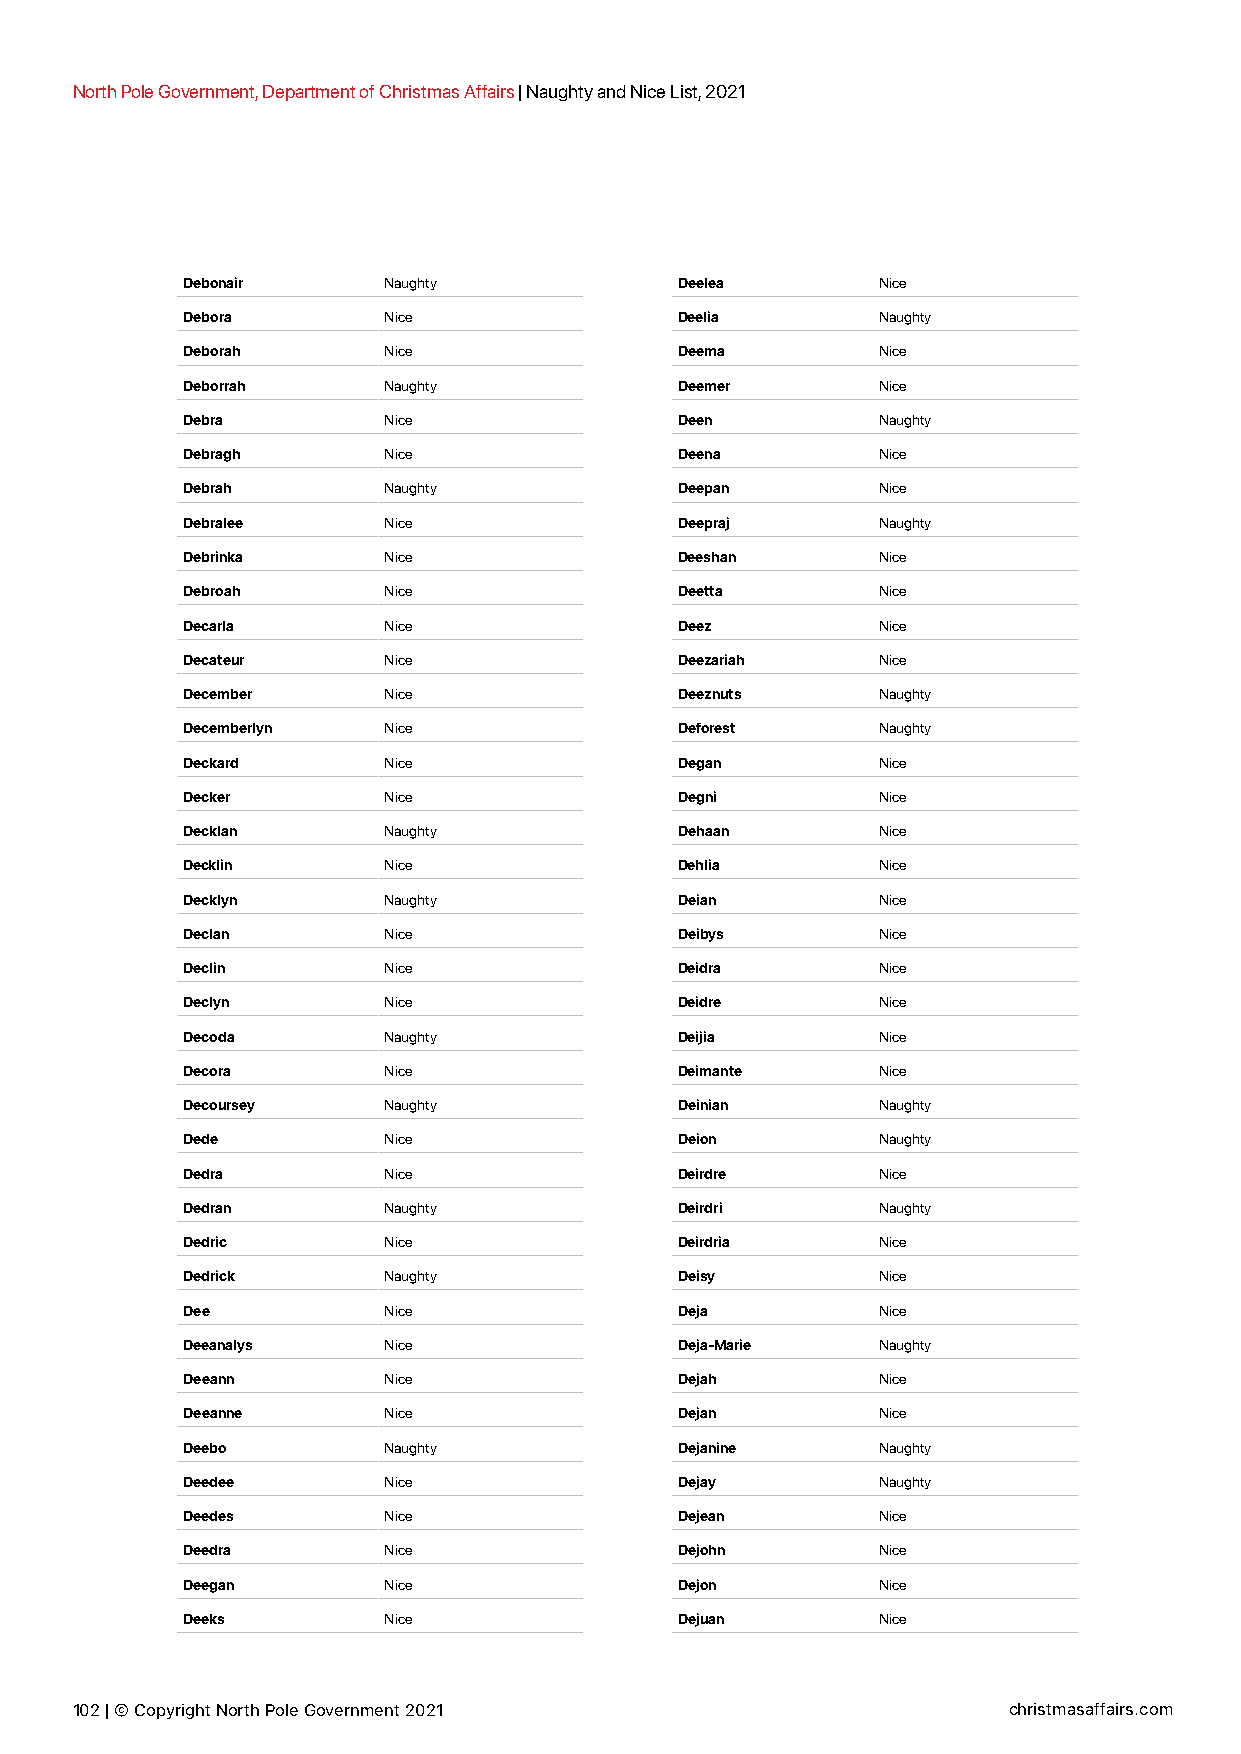
North Pole Government, Department of Christmas Affairs | Naughty and Nice List, 2021
 Debonair     Naughty             Deelea       Nice
 Debora       Nice                Deelia       Naughty
 Deborah      Nice                Deema        Nice
 Deborrah     Naughty             Deemer       Nice
 Debra        Nice                Deen         Naughty
 Debragh      Nice                Deena        Nice
 Debrah       Naughty             Deepan       Nice
 Debralee     Nice                Deepraj      Naughty
 Debrinka     Nice                Deeshan      Nice
 Debroah      Nice                Deetta       Nice
 Decarla      Nice                Deez         Nice
 Decateur     Nice                Deezariah    Nice
 December     Nice                Deeznuts     Naughty
 Decemberlyn  Nice                Deforest     Naughty
 Deckard      Nice                Degan        Nice
 Decker       Nice                Degni        Nice
 Decklan      Naughty             Dehaan       Nice
 Decklin      Nice                Dehlia       Nice
 Decklyn      Naughty             Deian        Nice
 Declan       Nice                Deibys       Nice
 Declin       Nice                Deidra       Nice
 Declyn       Nice                Deidre       Nice
 Decoda       Naughty             Deijia       Nice
 Decora       Nice                Deimante     Nice
 Decoursey    Naughty             Deinian      Naughty
 Dede         Nice                Deion        Naughty
 Dedra        Nice                Deirdre      Nice
 Dedran       Naughty             Deirdri      Naughty
 Dedric       Nice                Deirdria     Nice
 Dedrick      Naughty             Deisy        Nice
 Dee          Nice                Deja         Nice
 Deeanalys    Nice                Deja-Marie   Naughty
 Deeann       Nice                Dejah        Nice
 Deeanne      Nice                Dejan        Nice
 Deebo        Naughty             Dejanine     Naughty
 Deedee       Nice                Dejay        Naughty
 Deedes       Nice                Dejean       Nice
 Deedra       Nice                Dejohn       Nice
 Deegan       Nice                Dejon        Nice
 Deeks        Nice                Dejuan       Nice
 102 | © Copyright North Pole Government 2021                  christmasaffairs.com